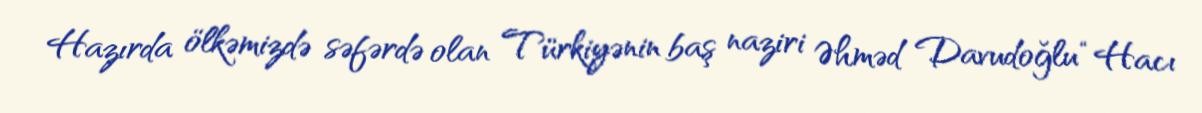
Hazırda ölkəmizdə səfərdə olan Türkiyənin baş naziri Əhməd Davudoğlu “Hacı